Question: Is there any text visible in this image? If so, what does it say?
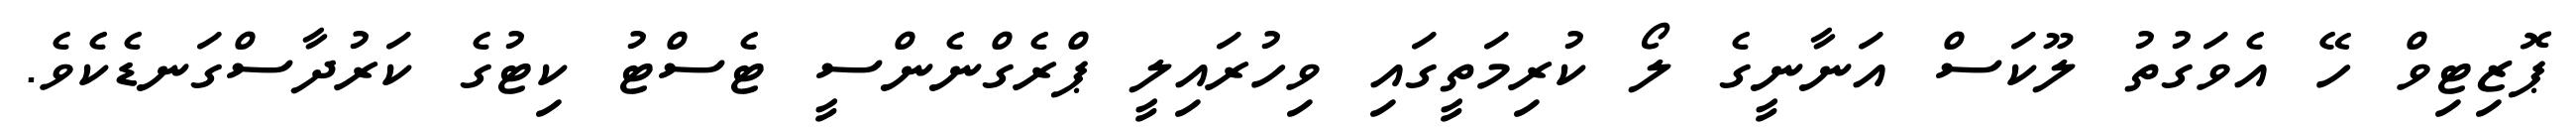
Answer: ޕޮޒިޓިވް ހޭ އެވަގުތު ލޫކަސް އަނާނީގެ ލޯ ކުރިމަތީގައި ވިހުރައިލީ ޕްރެގްނެންސީ ޓެސްޓު ކިޓުގެ ކަރުދާސްގަނޑެކެވެ.